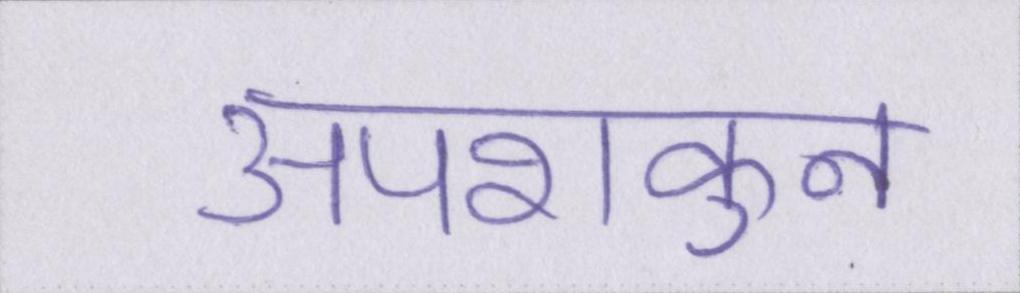
अपशकुन